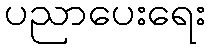
ပညာပေးရေး